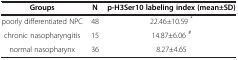
<table><thead><tr><td><b>Groups</b></td><td><b>N</b></td><td><b>p-H3Ser10 labeling index (mean±SD)</b></td></tr></thead><tbody><tr><td>poorly differentiated NPC</td><td>48</td><td>22.46±10.59 <sup>*</sup></td></tr><tr><td>chronic nasopharyngitis</td><td>15</td><td>14.87±6.06 <sup>#</sup></td></tr><tr><td>normal nasopharynx</td><td>36</td><td>8.27±4.65</td></tr></tbody></table>